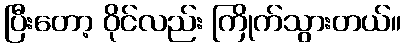
ပြီးတော့ ဝိုင်လည်း ကြိုက်သွားတယ်။